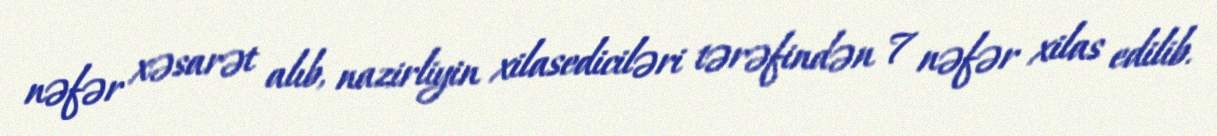
nəfər xəsarət alıb, nazirliyin xilasediciləri tərəfindən 7 nəfər xilas edilib.